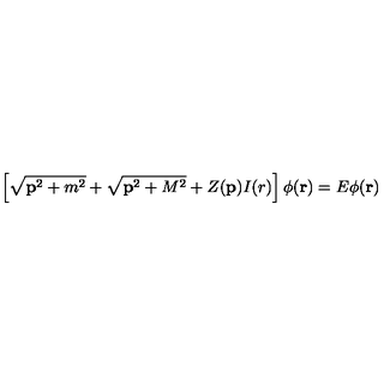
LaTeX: \left[ \sqrt { { \bf p } ^ { 2 } + m ^ { 2 } } + \sqrt { { \bf p } ^ { 2 } + M ^ { 2 } } + Z ( { \bf p } ) I ( r ) \right] \phi ( { \bf r } ) = E \phi ( { \bf r } )